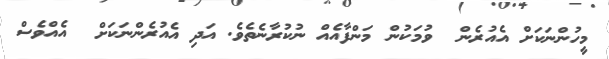
މީހުންނަކަށް އެއުރެން  ވުމަކުން މަންފާއެއް ނުކުރާނެތެވެ. އަދި އެއުރެންނަކަށް  އެއްވެސް